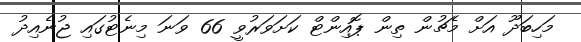
މަހިބަދޫ އަށް މެޗުން ތިން ޕޮއިންޓް ކަށަވަރުވީ 66 ވަނަ މިނެޓުގައި ޖުނެއިދު